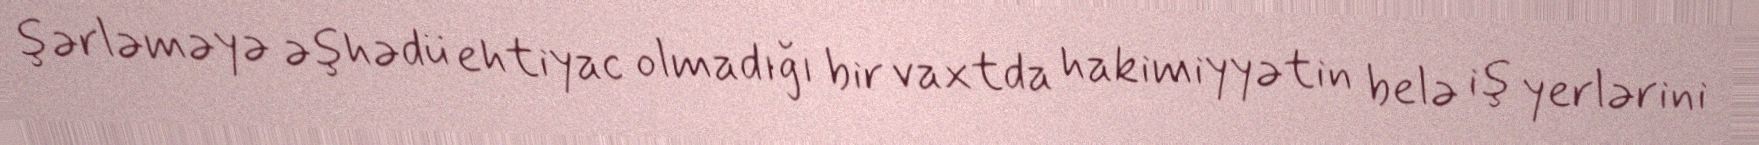
şərləməyə əşhədü ehtiyac olmadığı bir vaxtda hakimiyyətin belə iş yerlərini